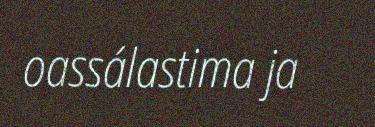
oassálastima ja